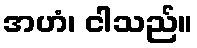
အဟံ၊ ငါသည်။